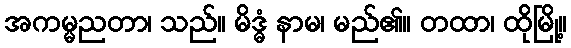
အကမ္မညတာ၊ သည်။ မိဒ္ဓံ နာမ၊ မည်၏။ တထာ၊ ထိုမြို့။